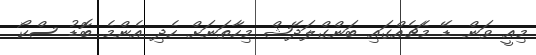
މިއީ ވަން ޑޭ މެޗެއްގައި ބަންގްލަދޭޝް މިހާތަނަށް ހެދި އެންމެ ބޮޑު ސްކޯ